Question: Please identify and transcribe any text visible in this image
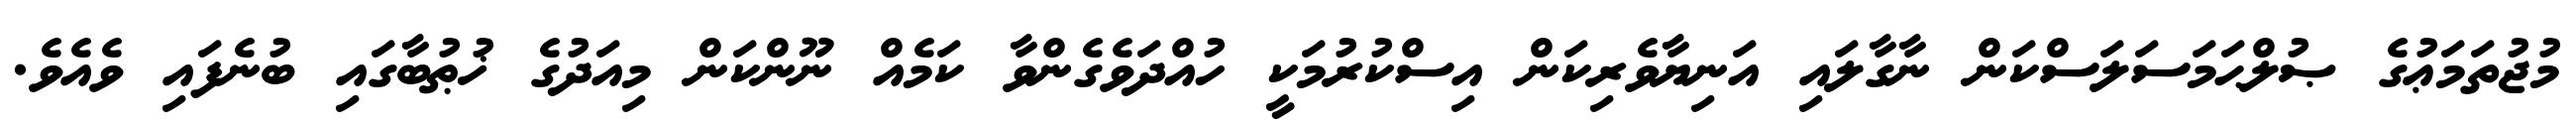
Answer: މުޖުތަމަޢުގެ ޞުލްޙަމަސަލަސްކަން ނާގާލައި އަނިޔާވެރިކަން އިސްކުރުމަކީ ހުއްދަވެގެންވާ ކަމެއް ނޫންކަން މިއަދުގެ ޚުޠުބާގައި ބުނެފައި ވެއެވެ.